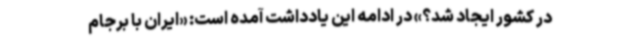
در کشور ایجاد شد؟» در ادامه این یادداشت آمده است: «ایران با برجام